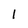
Character: l